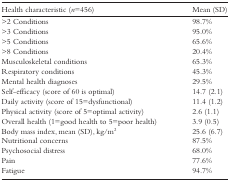
| Health characteristic (n=456) | Mean (SD) |
 | --- | --- |
 | >2 Conditions | 98.7% |
 | >3 Conditions | 95.0% |
 | >5 Conditions | 65.6% |
 | >8 Conditions | 20.4% |
 | Musculoskeletal conditions | 65.3% |
 | Respiratory conditions | 45.3% |
 | Mental health diagnoses | 29.5% |
 | Self-efficacy (score of 60 is optimal) | 14.7 (2.1) |
 | Daily activity (score of 15=dysfunctional) | 11.4 (1.2) |
 | Physical activity (score of 5=optimal activity) | 2.6 (1.1) |
 | Overall health (1=good health to 5=poor health) | 3.9 (0.5) |
 | Body mass index, mean (SD), kg/m2 | 25.6 (6.7) |
 | Nutritional concerns | 87.5% |
 | Psychosocial distress | 68.0% |
 | Pain | 77.6% |
 | Fatigue | 94.7% |